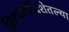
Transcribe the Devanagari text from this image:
विद्यार्थीदशेतल्या